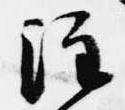
注